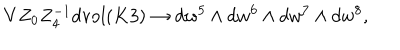
LaTeX: V Z _ { 0 } Z _ { 4 } ^ { - 1 } d \mathrm { v o l } ( K 3 ) \to d w ^ { 5 } \wedge d w ^ { 6 } \wedge d w ^ { 7 } \wedge d w ^ { 8 } ,